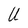
Character: U